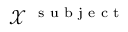
\mathcal X ^ { \mathrm { ~ \scriptsize ~ s ~ u ~ b ~ j ~ e ~ c ~ t ~ } }